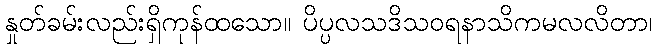
နှုတ်ခမ်းလည်းရှိကုန်ထသော။ ပိပ္ပလသဒိသဝရနာသိကမလလိတာ၊